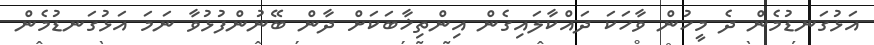
އަޅުގަނޑުމެން ދެ މީހުން ވާހަކަ ދައްކާލައިގެން އިންތިޚާބަކަށް ދާން ބޭނުންފުޅުވާ ނަމަ އަޅުގަނޑުމެން